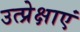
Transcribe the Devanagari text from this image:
उत्प्रेक्षाएं